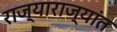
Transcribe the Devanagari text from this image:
राज्याराज्यांत